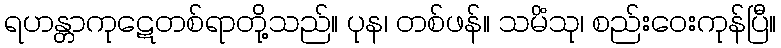
ရဟန္တာကုဋေတစ်ရာတို့သည်။ ပုန၊ တစ်ဖန်။ သမိံသု၊ စည်းဝေးကုန်ပြီ။